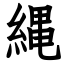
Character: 縄